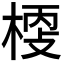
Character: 𣖀